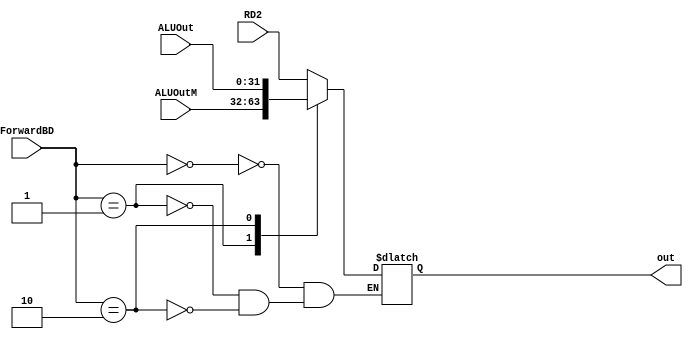
`timescale 1ns / 1ps
//////////////////////////////////////////////////////////////////////////////////
// Company: 
// Engineer: 
// 
// Design Name: 
// Module Name:    mux_ForwardBD 
// Project Name: 
// Target Devices: 
// Tool versions: 
// Description: 
//
// Dependencies: 
//
// Revision: 
// Revision 0.01 - File Created
// Additional Comments: 
//
//////////////////////////////////////////////////////////////////////////////////
module mux_ForwardBD(
	input wire [31:0]RD2,
	input wire [31:0]ALUOutM,
	input wire [31:0]ALUOut,
	input wire [1:0]ForwardBD,
	output reg [31:0] out
    );

always @(*)
begin
/*
      if(ForwardBD)
			out <= ALUOutM;
      else
         out <= RD2;
*/
		case(ForwardBD)
			2'b00:								
			begin
				out <= RD2;
			end
			2'b01:								
			begin
				out <= ALUOutM;
			end
			2'b10:								
			begin
				out <= ALUOut;
			end
		endcase	
end
endmodule